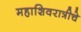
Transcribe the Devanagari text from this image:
महाशिवरात्रीचे